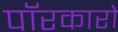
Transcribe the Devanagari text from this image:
पॉरकारो